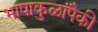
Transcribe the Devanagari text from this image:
भाषाकुळांपैकी